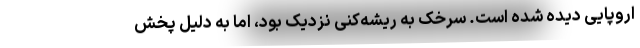
اروپایی دیده شده است. سرخک به ریشه‌کنی نزدیک بود، اما به دلیل پخش